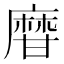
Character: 𤯌